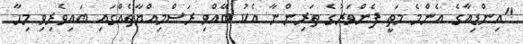
"އިންޑިއާގެ އެންމެ މަތީ ފެންވަރުގެ ތަރިންނާ އެކު ބޭއްވި ރަސްމިއްޔާތެއްގައި ބައިވެރިވި މިހާ